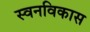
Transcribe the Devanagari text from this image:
स्वनविकास